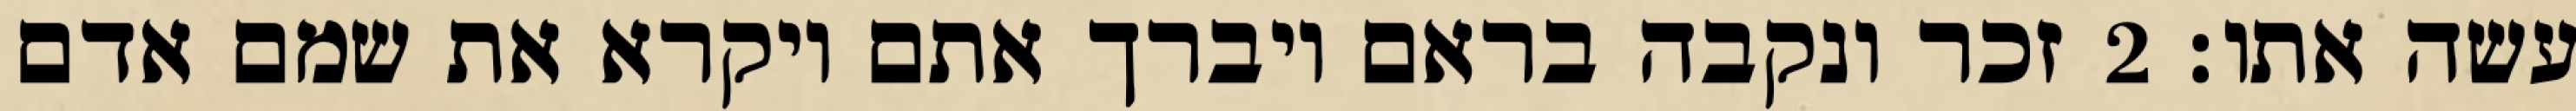
עשה אתו׃ ‎2‏ זכר ונקבה בראם ויברך אתם ויקרא את שמם אדם